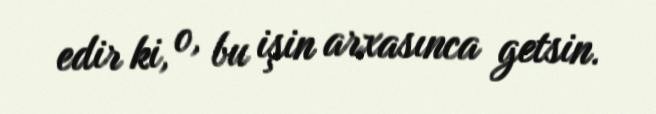
edir ki, o, bu işin arxasınca getsin.